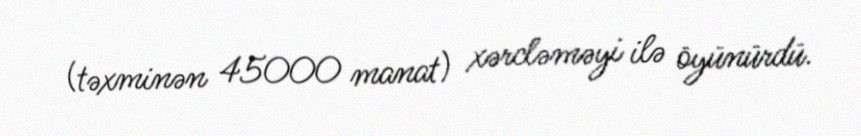
(təxminən 45000 manat) xərcləməyi ilə öyünürdü.